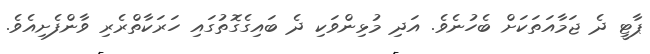
ޕާޓީ ދެ ޖަމާއަތަކަށް ބެހުނެވެ. އަދި މުޅިންވަކި ދެ ބައިގެގޮތުގައި ހަރަކާތްރެރި ވާންފެށިއެވެ.